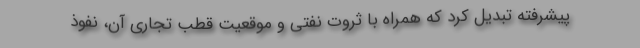
پیشرفته تبدیل کرد که همراه با ثروت نفتی و موقعیت قطب تجاری آن، نفوذ